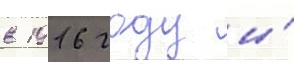
в 1916 году и́